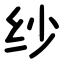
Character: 纱